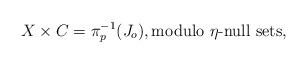
LaTeX: \begin{align*}X \times C = \pi_p^{-1}(J_o), \textrm{modulo $\eta$-null sets},\end{align*}